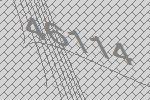
46114